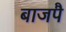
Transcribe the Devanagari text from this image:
बाजपै